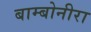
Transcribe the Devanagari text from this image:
बाम्बोनीरा